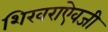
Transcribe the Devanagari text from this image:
शिखराऐवजी